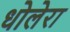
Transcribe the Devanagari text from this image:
धोलेरा